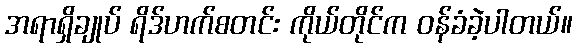
အရာရှိချုပ် ရိဒ်ဟက်စတင်း ကိုယ်တိုင်က ဝန်ခံခဲ့ပါတယ်။